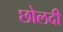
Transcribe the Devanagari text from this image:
छोलदी